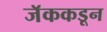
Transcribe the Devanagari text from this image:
जॅककडून